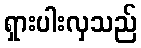
ရှားပါးလှသည်